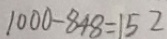
1 0 0 0 - 8 4 8 = 1 5 2